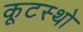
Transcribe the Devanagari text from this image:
कूटस्थो